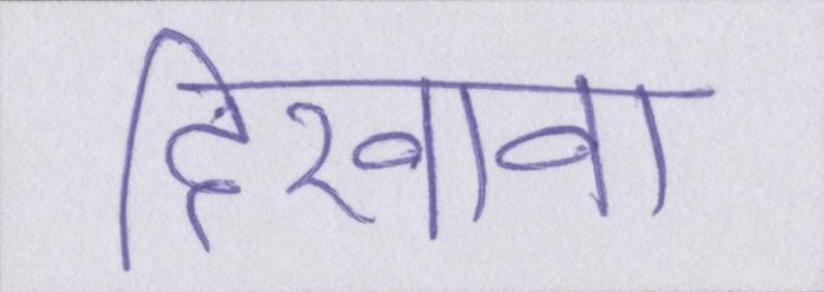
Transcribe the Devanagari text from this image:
दिखावा